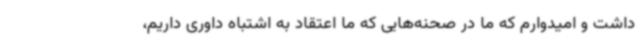
داشت و امیدوارم که ما در صحنه‌هایی که ما اعتقاد به اشتباه داوری داریم،